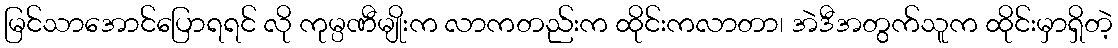
မြင်သာအောင်ပြောရရင် လို ကုမ္ပဏီမျိုးက လာကတည်းက ထိုင်းကလာတာ၊ အဲဒီအတွက်သူက ထိုင်းမှာရှိတဲ့